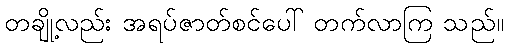
တချို့လည်း အရပ်ဇာတ်စင်ပေါ် တက်လာကြ သည်။